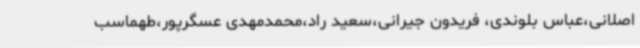
اصلانی،عباس بلوندی، فریدون جیرانی،سعید راد،محمدمهدی عسگرپور،طهماسب